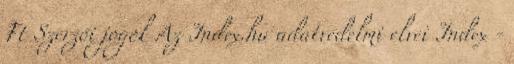
Ft Szerzői jogok Az Index.hu adatvédelmi elvei Index -